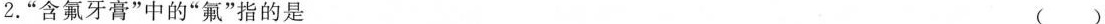
2.”含氟牙膏”中的”氟”指的是 ( )